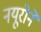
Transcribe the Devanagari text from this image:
नयूरोने